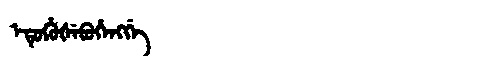
Manchu: ᡝᡨᡠᡥᡠᡧᡝᠪᡠᡥᡝᠩᡤᡝ
Romanization: ETUHUŠEBUHENGGE